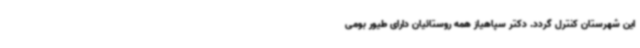
این شهرستان کنترل گردد. دکتر سپاهیاز همه روستائیان دارای طیور بومی